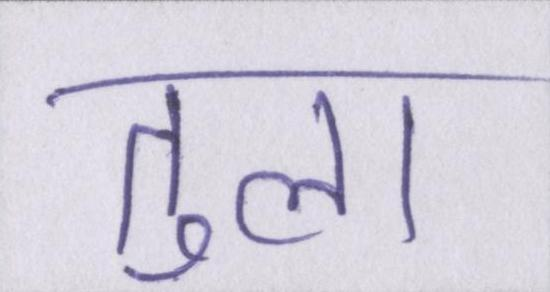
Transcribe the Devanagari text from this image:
तुला